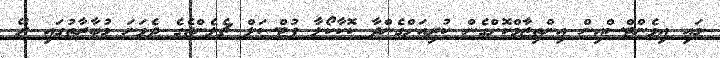
މައި އިވެންޓްސްއިން އިންތިޒާމްކޮށްގެން ކުރިއަށްގެންދާ ކޮކާކޯލާ ފުޓްސަލް ޗެލެންޖެގެ ދެވަނަ މުބާރާތުގައި ރޭ